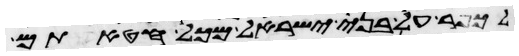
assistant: לכפר על בני ישראל מכל חטאתם